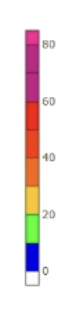
Blue: 0 to 10
Green: 10 to 20
Yellow: 20 to 30
Orange: 30 to 40
Dark Orange: 40 to 50
Red: 50 to 60
Magenta: 60 to 80
Pink: 80 to 85